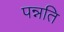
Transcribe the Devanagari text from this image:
पन्नति